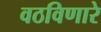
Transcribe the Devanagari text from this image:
वठविणारे